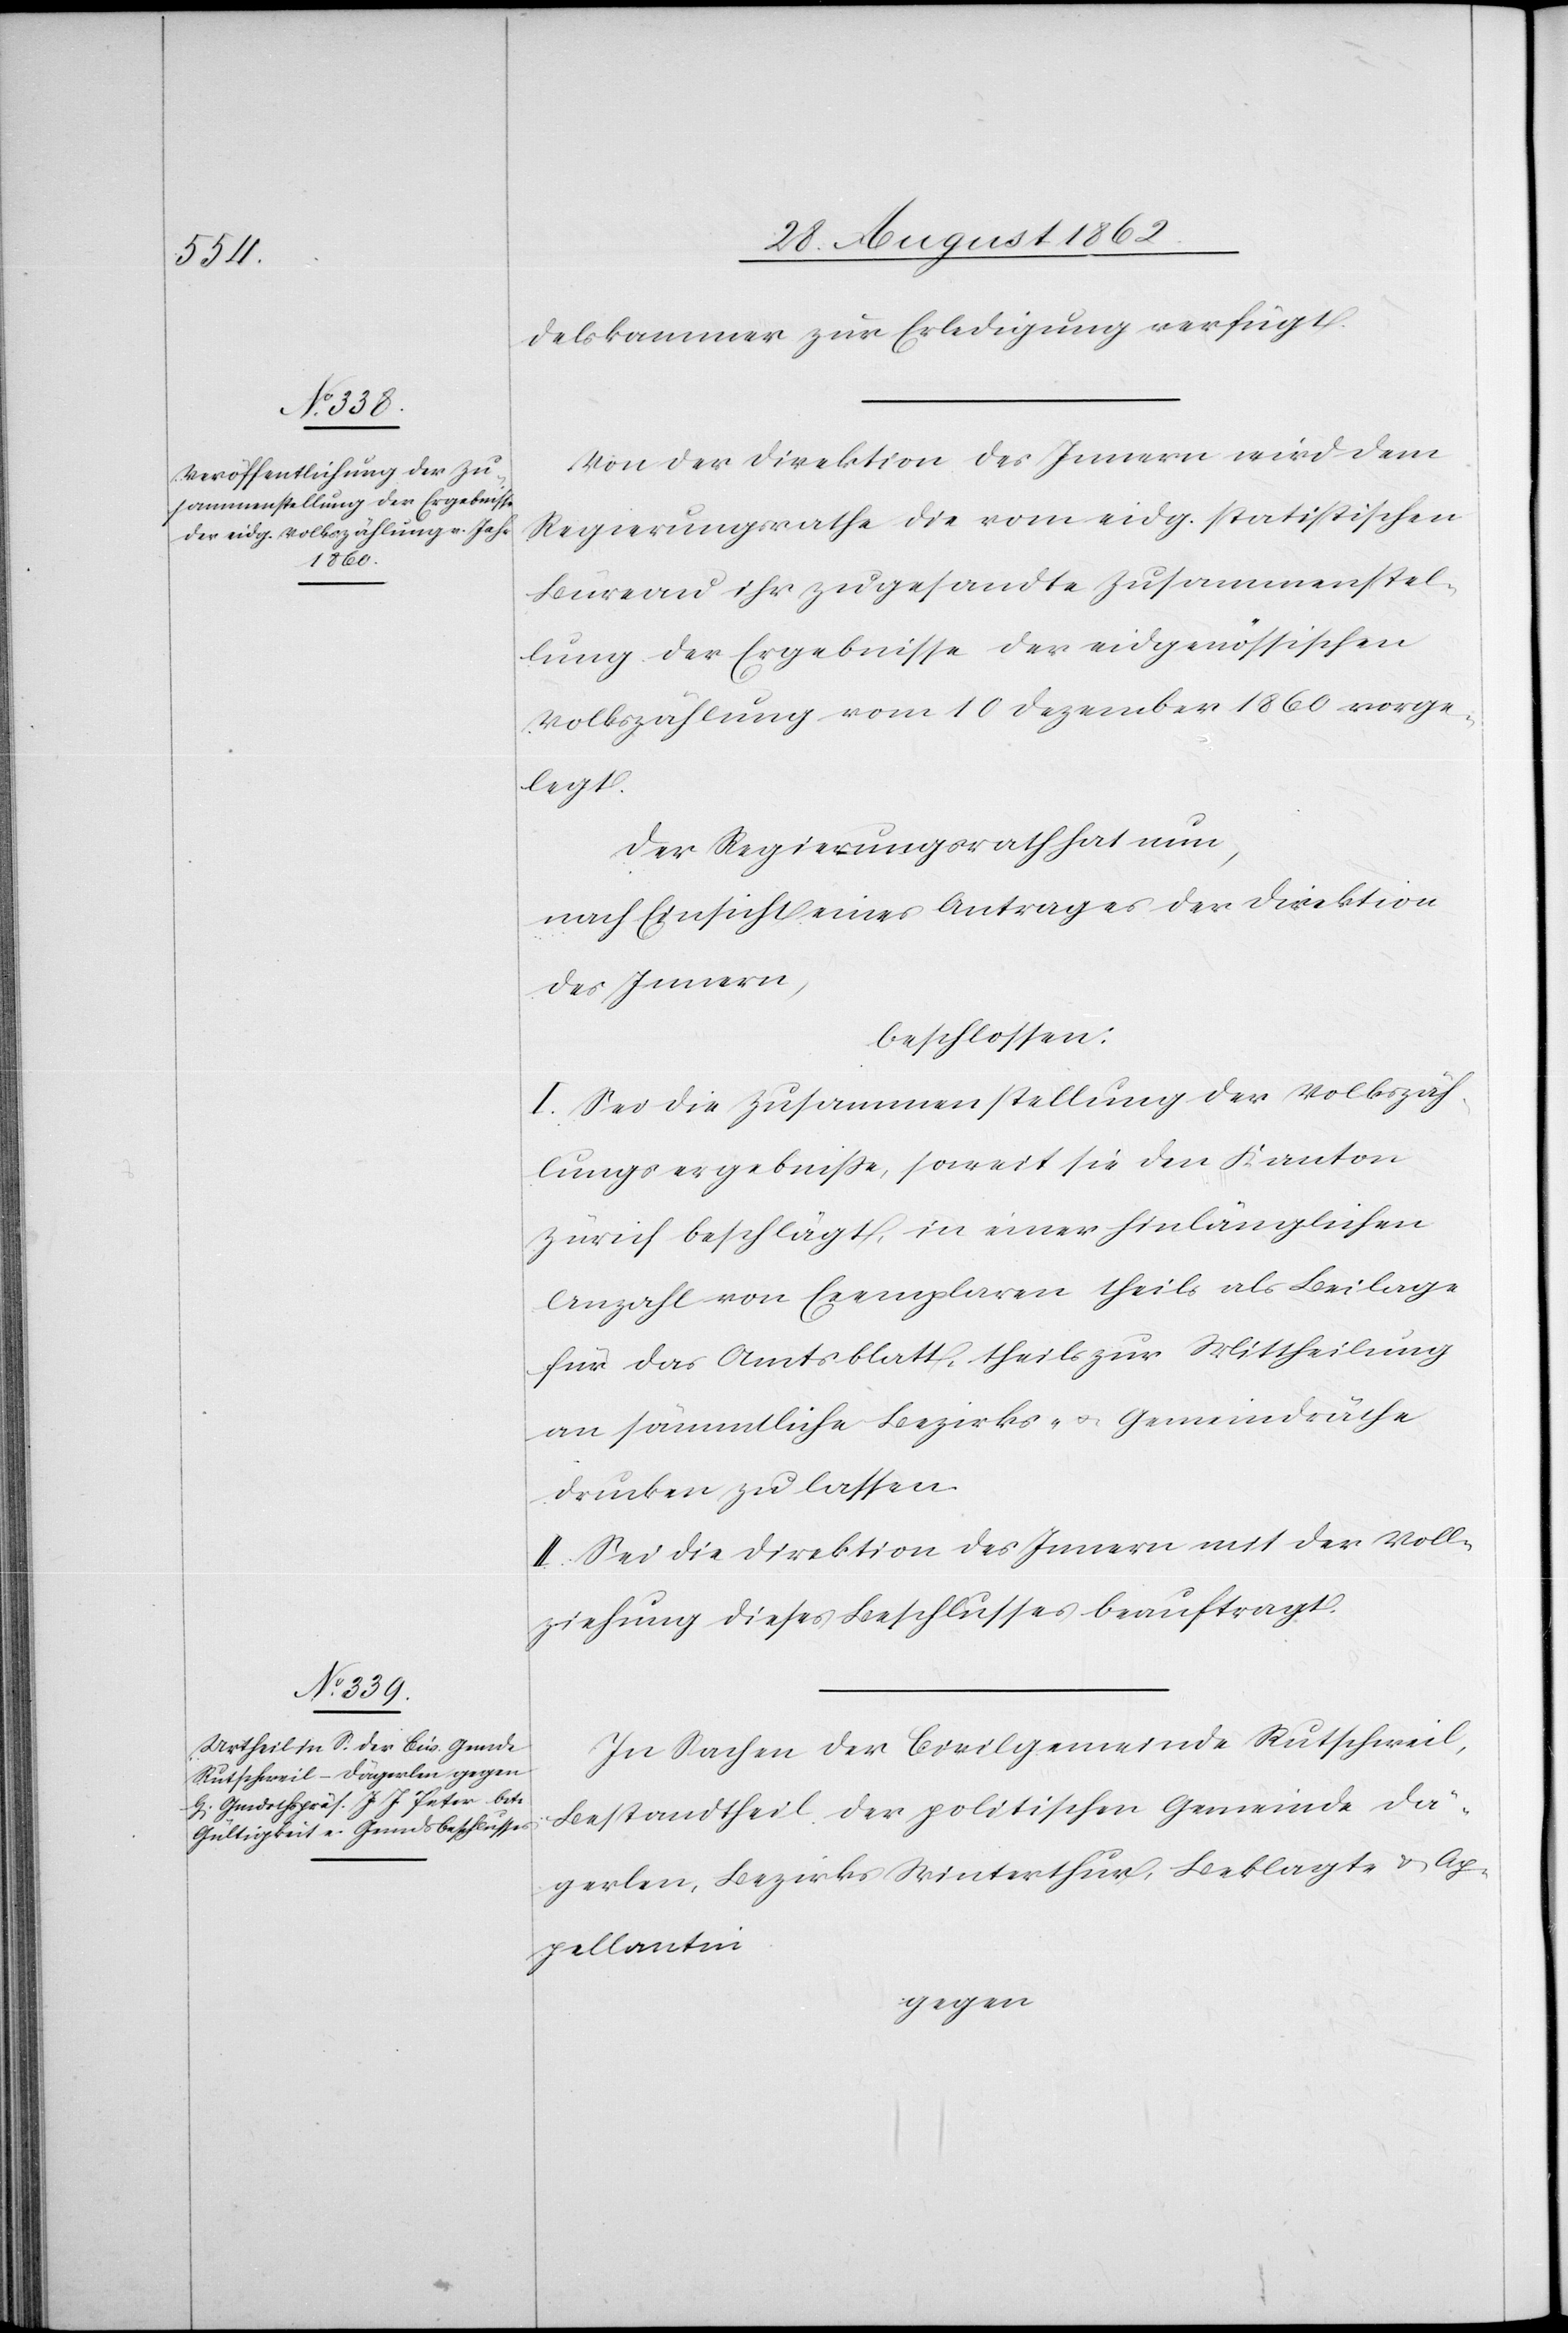
delskammer zur Erledigung verfügt.
Von der Direktion des Innern wird dem
Regierungsrathe die vom eidg. statistischen
Büreau ihr zugesandte Zusammenstel¬
lung der Ergebnisse der eidgenössischen
Volkszählung vom 10. Dezember 1860 vorge¬
legt.
Der Regierungsrath hat nun,
nach Einsicht eines Antrages der Direktion
des Innern,
beschlossen:
I. Sei die Zusammenstellung der Volkszäh¬
lungsergebniße, soweit sie den Kanton
Zürich beschlägt, in einer hinlänglichen
Anzahl von Exemplaren theils als Beilage
für das Amtsblatt, theils zur Mittheilung
an sämmtliche Bezirks- u. Gemeindräthe
drucken zu lassen.
II. Sei die Direktion des Innern mit der Voll¬
ziehung dieses Beschlusses beauftragt.
In Sachen der Civilgemeinde Rutschweil,
Bestandtheil der politischen Gemeinde Dä¬
gerlen, Bezirks Winterthur, Beklagte u. Ap¬
pellantinn
gegen